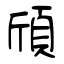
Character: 頎